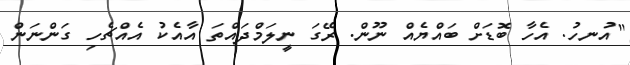
"އުނހު. އެހާ ބޮޑަށް ބައްޔެއް ނޫން. ރޭގަ ނީލަމްދައްތަ އާއެކު އެއްޗެހި ގަންނަން